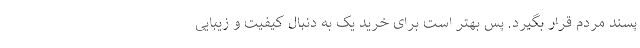
پسند مردم قرار بگیرد. پس بهتر است برای خرید یک به دنبال کیفیت و زیبایی